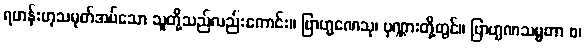
ရဟန်းဟုသမုတ်အပ်သော သူတို့သည်လည်းကောင်း။ ဗြာဟ္မဏေသု၊ ပုဏ္ဏားတို့တွင်။ ဗြာဟ္မဏသမ္မတာ စ၊